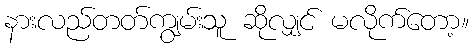
နားလည်တတ်ကျွမ်းသူ ဆိုလျှင် မလိုက်တော့။